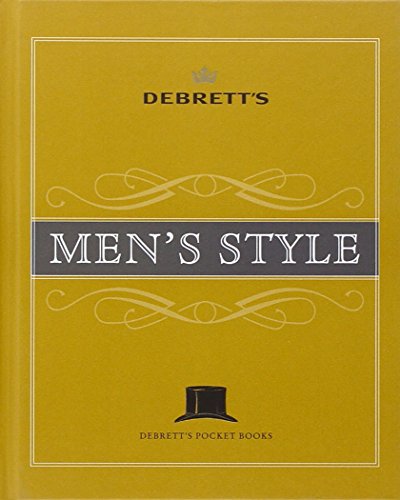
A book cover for Debrett's Men's Style (Debrett's Pocket Books); Health, Fitness & Dieting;